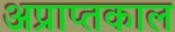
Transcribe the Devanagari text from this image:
अप्राप्तकाल